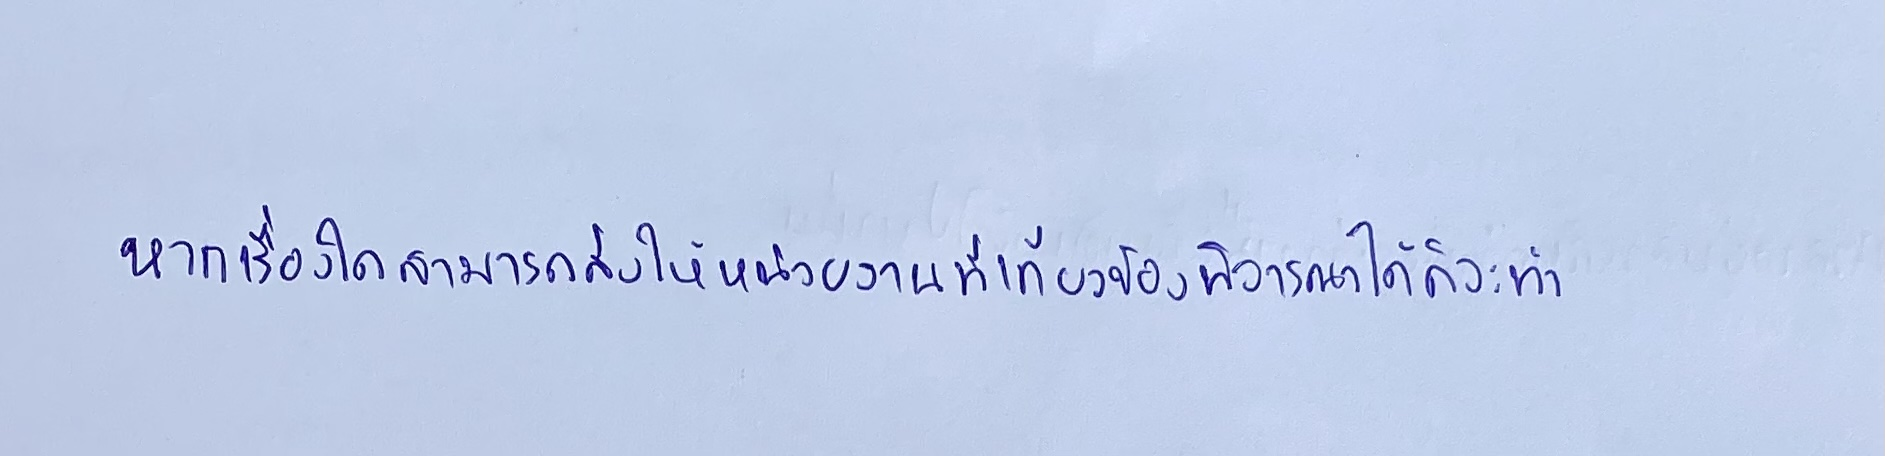
หากเรื่องใดสามารถส่งให้หน่วยงานที่เกี่ยวข้องพิจารณาได้ก็จะทำ